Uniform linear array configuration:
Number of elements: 24
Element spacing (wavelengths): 1
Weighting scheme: uniform
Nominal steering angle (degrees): -60
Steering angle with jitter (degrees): -58.704
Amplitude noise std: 0.05
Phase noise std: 0.05

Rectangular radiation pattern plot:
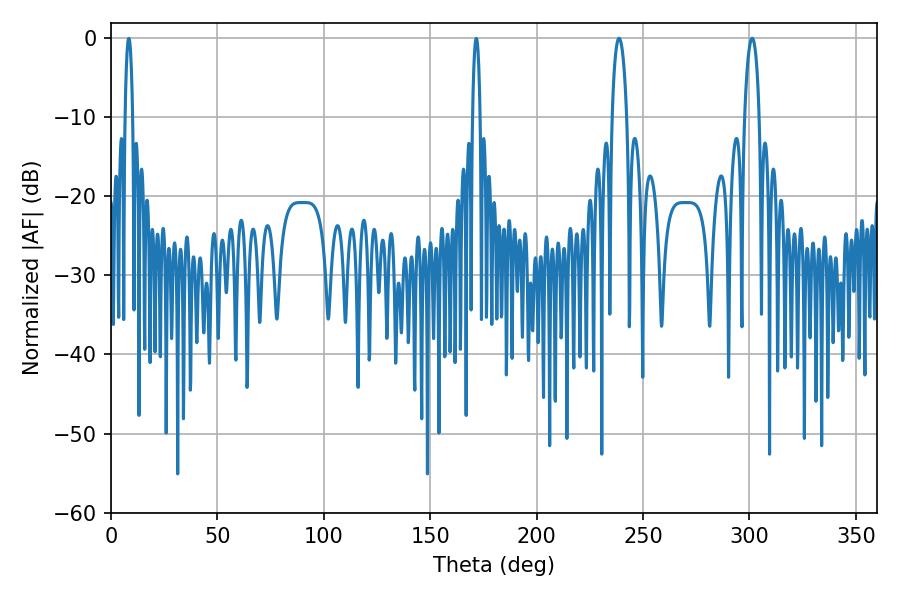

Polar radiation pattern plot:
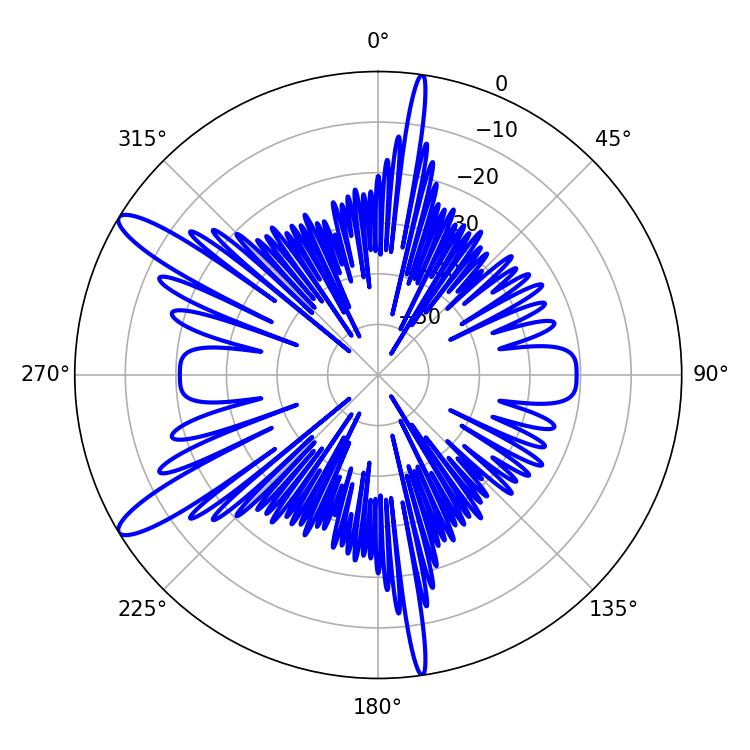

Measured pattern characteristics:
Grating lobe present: TRUE
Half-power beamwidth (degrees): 3.78
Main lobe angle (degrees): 238.68